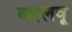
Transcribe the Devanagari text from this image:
बदलवू